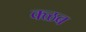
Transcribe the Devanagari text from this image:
क्ळब